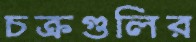
চক্রগুলির